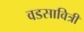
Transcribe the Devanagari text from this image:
वडसावित्री